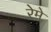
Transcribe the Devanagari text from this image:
रेमे